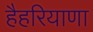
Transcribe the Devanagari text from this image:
हैहरियाणा